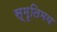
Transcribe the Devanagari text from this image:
स्मृतिमय